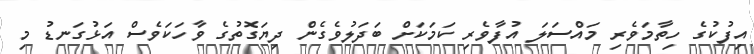
އިފުކުގެ ހިތާމަވެރި މައްސަލަ އުފާވެރި ކަމަކަށް ބަދަލުވެގެން ދިޔަގޮތުގެ ވާހަކަވެސް އަޅުގަނޑު މި